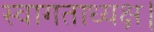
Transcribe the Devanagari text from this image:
स्वागताध्यक्ष।